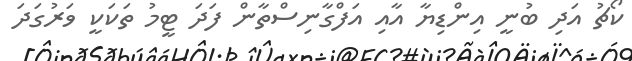
ކޯޗު އަދި ބުނީ އިންޑިޔާ އާއި އަފްގާނިސްތާން ފަދަ ޓީމު ތަކަކީ ވަރުގަދަ